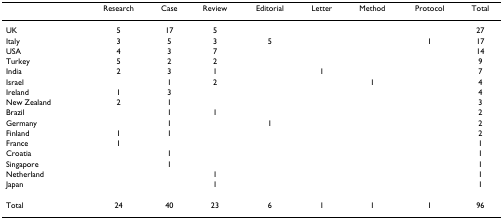
|  | Research | Case | Review | Editorial | Letter | Method | Protocol | Total |
 | --- | --- | --- | --- | --- | --- | --- | --- | --- |
 | UK | 5 | 17 | 5 |  |  |  |  | 27 |
 | Italy | 3 | 5 | 3 | 5 |  |  | 1 | 17 |
 | USA | 4 | 3 | 7 |  |  |  |  | 14 |
 | Turkey | 5 | 2 | 2 |  |  |  |  | 9 |
 | India | 2 | 3 | 1 |  | 1 |  |  | 7 |
 | Israel |  | 1 | 2 |  |  | 1 |  | 4 |
 | Ireland | 1 | 3 |  |  |  |  |  | 4 |
 | New Zealand | 2 | 1 |  |  |  |  |  | 3 |
 | Brazil |  | 1 | 1 |  |  |  |  | 2 |
 | Germany |  | 1 |  | 1 |  |  |  | 2 |
 | Finland | 1 | 1 |  |  |  |  |  | 2 |
 | France | 1 |  |  |  |  |  |  | 1 |
 | Croatia |  | 1 |  |  |  |  |  | 1 |
 | Singapore |  | 1 |  |  |  |  |  | 1 |
 | Netherland |  |  | 1 |  |  |  |  | 1 |
 | Japan |  |  | 1 |  |  |  |  | 1 |
 | Total | 24 | 40 | 23 | 6 | 1 | 1 | 1 | 96 |